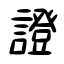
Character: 證